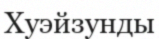
Хуэйзунды